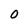
Character: 0